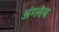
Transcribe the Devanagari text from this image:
अंग्लेय